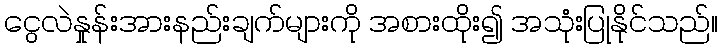
ငွေလဲနှုန်းအားနည်းချက်များကို အစားထိုး၍ အသုံးပြုနိုင်သည်။